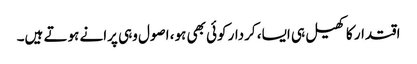
اقتدار کا کھیل ہی ایسا، کردار کوئی بھی ہو، اصول وہی پرانے ہوتے ہیں۔